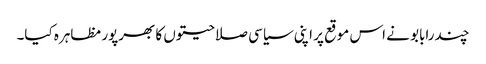
چندرابابو نے اس موقع پر اپنی سیاسی صلاحیتوں کا بھرپور مظاہرہ کیا۔